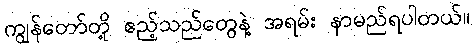
ကျွန်တော်တို့ ဧည့်သည်တွေနဲ့ အရမ်း နာမည်ရပါတယ်။